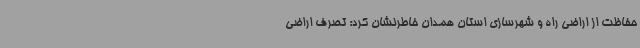
حفاظت از اراضی راه و شهرسازی استان همدان خاطرنشان کرد: تصرف اراضی